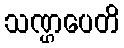
သဏ္ဌပေတိ